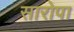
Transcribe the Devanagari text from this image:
सारोपा